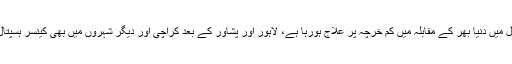
25 مئی2018ء) پاکستان تحریک انصاف کے چیئرمین عمران خان نے کہا کہ شوکت خانم ہسپتال میں دنیا بھر کے مقابلہ میں کم خرچہ پر علاج ہورہا ہے، لاہور اور پشاور کے بعد کراچی اور دیگر شہروں میں بھی کینسر ہسپتال بنارہے ہیںچوبیس سالوں میں تینتیس ارب روپے غریب مریضوں کے علاج پر خرچ ہوئے ہیں۔